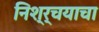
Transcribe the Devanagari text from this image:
निश्र्चयाचा